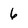
Character: 6